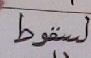
لسقوط